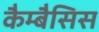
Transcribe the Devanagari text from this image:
कैम्बैसिस